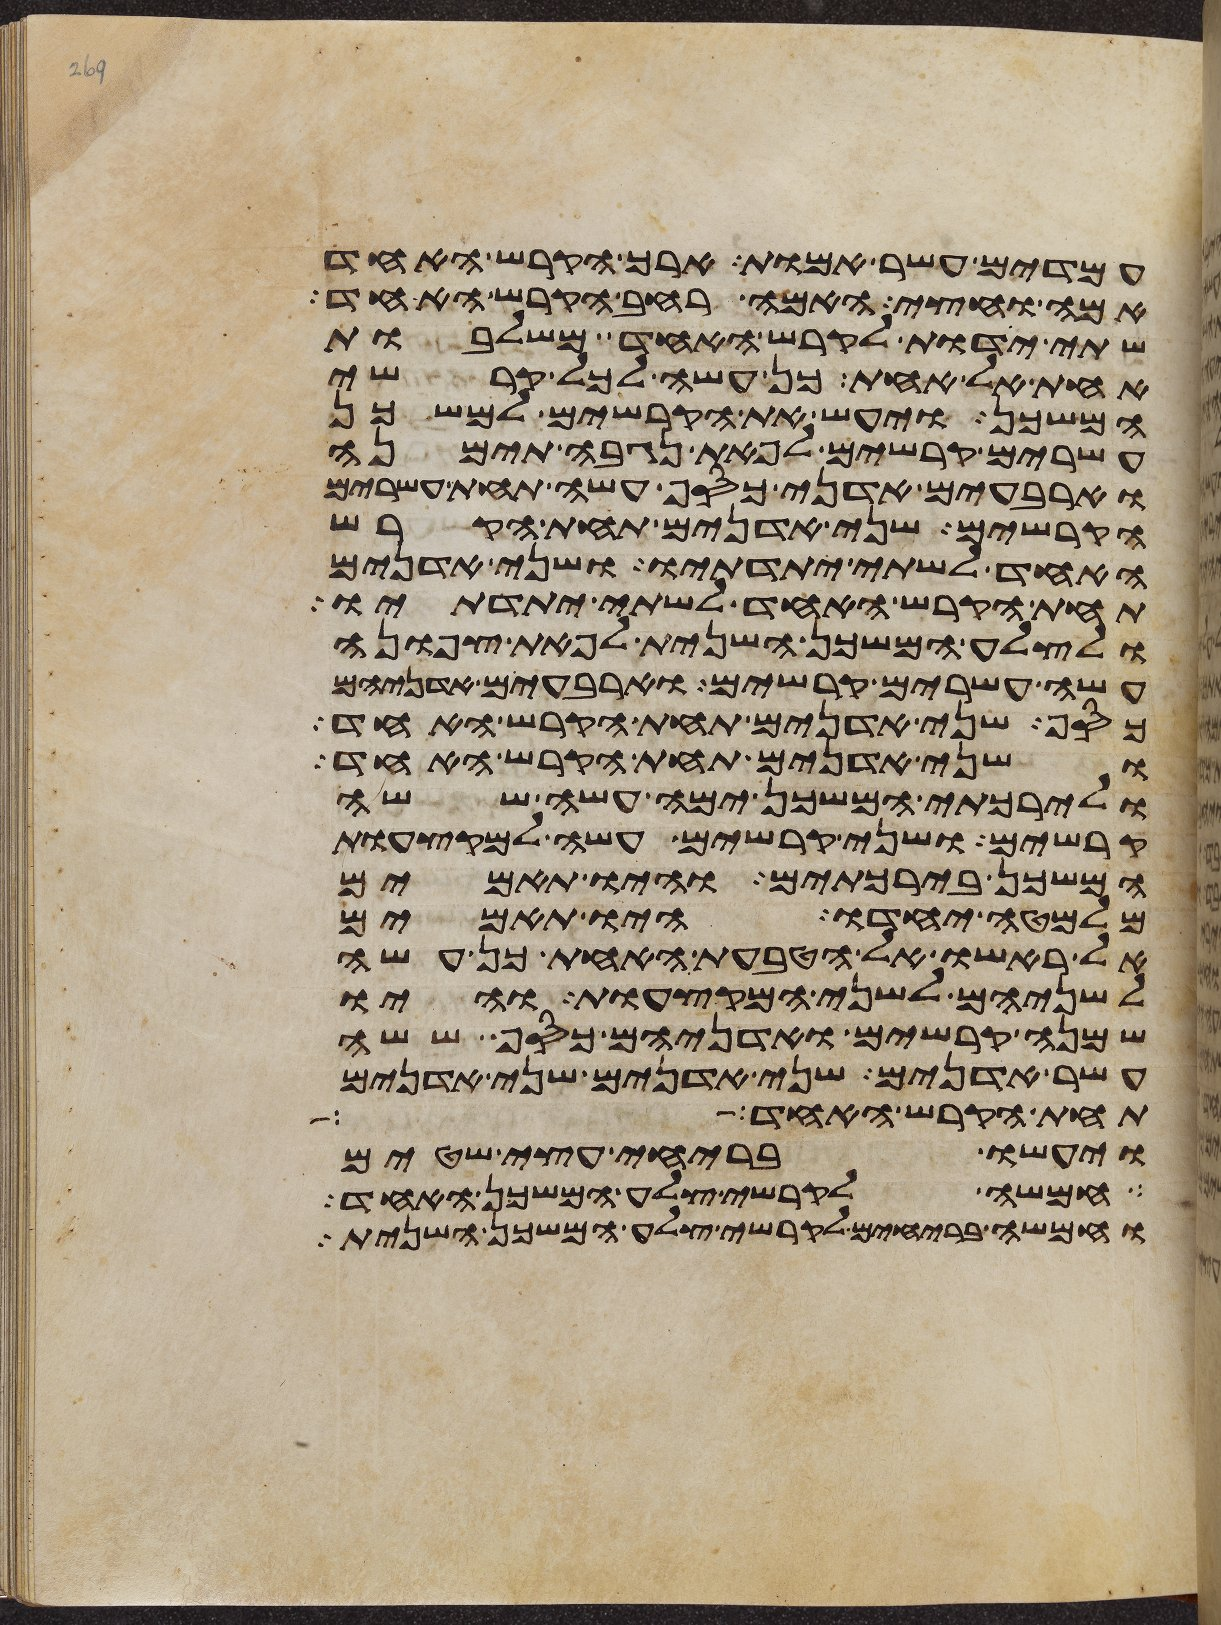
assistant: עמדים עשר אמות ארך הקרש האחד
אמה וחצי האמה רחב הקרש האחד
שתי ידות לקרש האחד משלבות
אחת אל אחת כן עשה לכל קרשי
המשכן ויעש את הקרשים למשכן
עשרים קרשים לפאת נגבה תימנה
וארבעים אדני כסף עשה תחת עשרים
הקרשים שני אדנים תחת הקרש
האחד לשתי יתדתיו ושני אדנים
תחת הקרש האחד לשתי יתדתיו
ולצלע המשכן השנית לפאת צפונה
עשה עשרים קרשים וארבעים אדניהם
כסף שני אדנים תחת הקרש האחד
ושני אדנים תחת הקרש האחד
ולירכתי המשכן ימה עשה ששה
קרשים ושני קרשים עשה למקצעות
המשכן בירכתים והיו תאמים
מלמטה יחדו היו תאמים
אל ראשו אל הטבעת האחת כן עשה
לשניהם לשני המקצעות והיו
שמנה קרשים ואדניהם כסף ששה
עשר אדנים שני אדנים שני אדנים
תחת הקרש האחד
ויעשו בריחי עצי שטים
חמשה לקרשי צלע המשכן האחד
וחמשה בריחים לקרשי צלע המשכן השנית